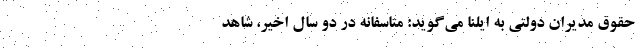
حقوق مدیران دولتی به ایلنا می‌گوید: متاسفانه در دو سال اخیر، شاهد